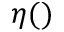
\eta ( )